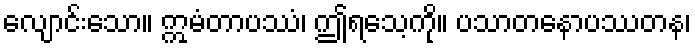
လျောင်းသော။ ဣမံတာပဿံ၊ ဤရသေ့ကို။ ပသာတနောပဿတန၊